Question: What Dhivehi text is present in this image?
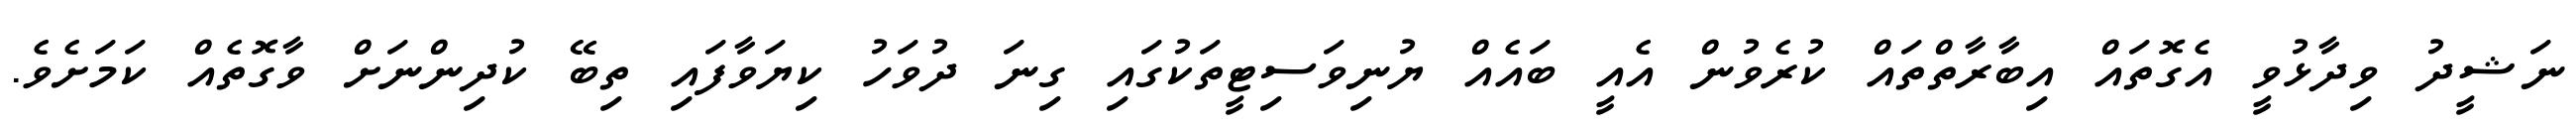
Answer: ނަޝީދު ވިދާޅުވީ އެގޮތައް އިބާރާތްތައް ކުރެވުން އެއީ ބައެއް ޔުނިވަސިޓީތަކުގައި ގިނަ ދުވަހު ކިޔަވާފައި ތިބޭ ކުދިންނަށް ވާގޮތެއް ކަމަށެވެ.